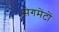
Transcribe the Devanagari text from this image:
सेगमेंटों